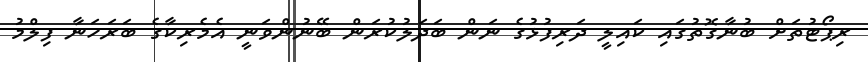
ރިޕޯޓުތަށް ބުނާގޮތުގައި ކައިލީ ދަރިފުޅުގެ ނަން ބަދަލުކުރަން ބޭނުންވަނީ އެމެރިކާގެ ބަރަހަނާ ފިލްމު